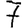
Digit: 7